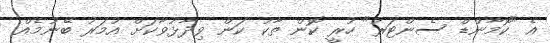
އެ "ކޮމާންޑް ސެންޓަރު" ހުރީ ކޮން ތާކު ކަން ވިދާޅުވާކަށް އުމަރު ބޭނުމެއް